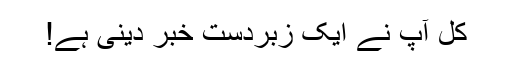
کل آپ نے ایک زبردست خبر دینی ہے!